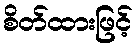
စိတ်ထားဖြင့်